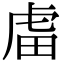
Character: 𧆨